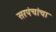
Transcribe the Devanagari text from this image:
सरपंचांचा